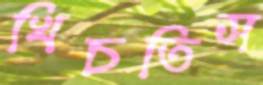
খিচতিস